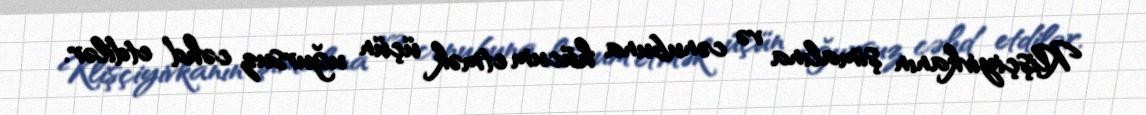
Klişçiyivkanın şimalına və cənubuna hücum etmək üçün uğursuz cəhd etdilər.